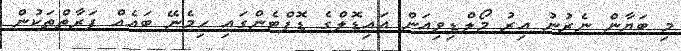
މި ބަޔާން ނެރުނު އިރު މޯލްޑިވިއަން އައިޑޮލްގެ ޑޮޕްޓެންގައި ހިމެނޭ ބައެއް ފަރާތްތަކުން